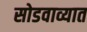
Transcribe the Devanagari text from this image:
सोडवाव्यात